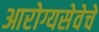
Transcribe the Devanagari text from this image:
आरोग्यसेवेचे